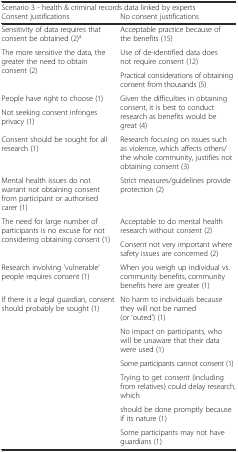
<table><thead><tr><td colspan="2"><b>Scenario 3 - health &amp; criminal records data linked by experts</b></td></tr><tr><td><b>Consent justifications</b></td><td><b>No consent justifications</b></td></tr></thead><tbody><tr><td>Sensitivity of data requires that consent be obtained (2)<sup>a</sup></td><td>Acceptable practice because of the benefits (15)</td></tr><tr><td rowspan="2">The more sensitive the data, the greater the need to obtain consent (2)</td><td>Use of de-identified data does not require consent (12)</td></tr><tr><td>Practical considerations of obtaining consent from thousands (5)</td></tr><tr><td>People have right to choose (1)</td><td rowspan="2">Given the difficulties in obtaining consent, it is best to conduct research as benefits would be great (4)</td></tr><tr><td>Not seeking consent infringes privacy (1)</td></tr><tr><td>Consent should be sought for all research (1)</td><td>Research focusing on issues such as violence, which affects others/the whole community, justifies not obtaining consent (3)</td></tr><tr><td>Mental health issues do not warrant not obtaining consent from participant or authorised carer (1)</td><td>Strict measures/guidelines provide protection (2)</td></tr><tr><td rowspan="2">The need for large number of participants is no excuse for not considering obtaining consent (1)</td><td>Acceptable to do mental health research without consent (2)</td></tr><tr><td>Consent not very important where safety issues are concerned (2)</td></tr><tr><td>Research involving ‘vulnerable’ people requires consent (1)</td><td>When you weigh up individual vs. community benefits, community benefits here are greater (1)</td></tr><tr><td rowspan="6">If there is a legal guardian, consent should probably be sought (1)</td><td>No harm to individuals because they will not be named (or ‘outed’) (1)</td></tr><tr><td>No impact on participants, who will be unaware that their data were used (1)</td></tr><tr><td>Some participants cannot consent (1)</td></tr><tr><td>Trying to get consent (including from relatives) could delay research, which</td></tr><tr><td>should be done promptly because if its nature (1)</td></tr><tr><td>Some participants may not have guardians (1)</td></tr></tbody></table>